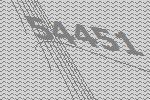
54451